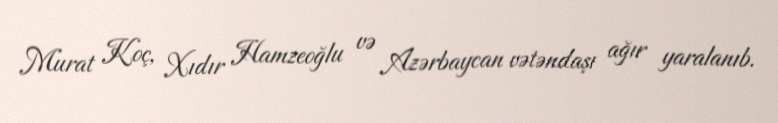
Murat Koç, Xıdır Hamzeoğlu və Azərbaycan vətəndaşı ağır yaralanıb.